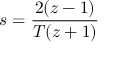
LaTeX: s = { \frac { 2 ( z - 1 ) } { T ( z + 1 ) } }